Annual vaccination report of Bihar and Orissa - 1911-1928
Year: 1911
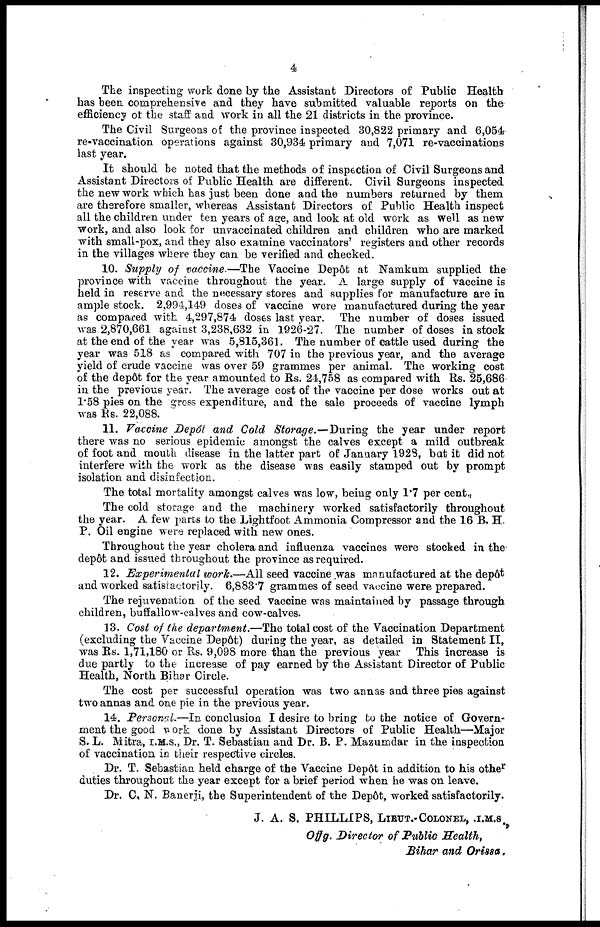
4
The inspecting work done by the Assistant Directors of Public Health
has been comprehensive and they have submitted valuable reports on the
efficiency of the staff and work in all the 21 districts in the province.
The Civil Surgeons of the province inspected 30,822 primary and 6,054
re-vaccination operations against 30,934 primary and 7,071 re-vaccinations
last year.
It should be noted that the methods of inspection of Civil Surgeons and
Assistant Directors of Public Health are different. Civil Surgeons inspected
the new work which has just been done and the numbers returned by them
are therefore smaller, whereas Assistant Directors of Public Health inspect
all the children under ten years of age, and look at old work as well as new
work, and also look for unvaccinated children and children who are marked
with small-pox, and they also examine vaccinators' registers and other records
in the villages where they can be verified and checked.
10. Supply of vaccine.—The Vaccine Depôt at Namkum supplied the
province with vaccine throughout the year. A large supply of vaccine is
held in reserve and the necessary stores and supplies for manufacture are in
ample stock. 2,994,149 doses of vaccine were manufactured during the year
as compared with 4,297,874 doses last year. The number of doses issued
was 2,870,661 against 3,238,632 in 1926-27. The number of doses in stock
at the end of the year was 5,815,361. The number of cattle used during the
year was 518 as compared with 707 in the previous year, and the average
yield of crude vaccine was over 59 grammes per animal. The working cost
of the depôt for the year amounted to Rs. 24,758 as compared with Rs. 25,686
in the previous year. The average cost of the vaccine per dose works out at
1.58 pies on the gross expenditure, and the sale proceeds of vaccine lymph
was Rs. 22,088.
11. Vaccine Depôt and Cold Storage.—During the year under report
there was no serious epidemic amongst the calves except a mild outbreak
of foot and mouth disease in the latter part of January 1928, but it did not
interfere with the work as the disease was easily stamped out by prompt
isolation and disinfection.
The total mortality amongst calves was low, being only 1.7 per cent.,
The cold storage and the machinery worked satisfactorily throughout
the year. A few parts to the Lightfoot Ammonia Compressor and the 16 B. H.
P. Oil engine were replaced with new ones.
Throughout the year cholera and influenza vaccines were stocked in the
depôt and issued throughout the province as required.
12. Experimental work.—All seed vaccine,was manufactured at the depôt
and worked satisfactorily. 6,883.7 grammes of seed vaccine were prepared.
The rejuvenation of the seed vaccine was maintained by passage through
children, buffallow-calves and cow-calves.
13. Cost of the department.—The total cost of the Vaccination Department
(excluding the Vaccine Depôt) during the year, as detailed in Statement II,
was Rs. 1,71,180 or Rs. 9,098 more than the previous year This increase is
due partly to the increase of pay earned by the Assistant Director of Public
Health, North Bihar Circle.
The cost per successful operation was two annas and three pies against
two annas and one pie in the previous year.
14. Personal.—In conclusion I desire to bring to the notice of Govern-
ment the good work done by Assistant Directors of Public Health—Major
S. L. Mitra, I.M.S., Dr. T. Sebastian and Dr. B. P. Mazumdar in the inspection
of vaccination in their respective circles.
Dr. T. Sebastian held charge of the Vaccine Depôt in addition to his other
duties throughout the year except for a brief period when he was on leave.
Dr. C. N. Banerji, the Superintendent of the Depôt, worked satisfactorily.
J. A. S. PHILLIPS, LIEUT.-COLONEL, .I.M.S.
Offg. Director of Public Health,
Bihar and Orissa.